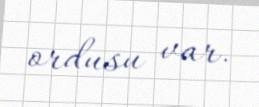
ordusu var.